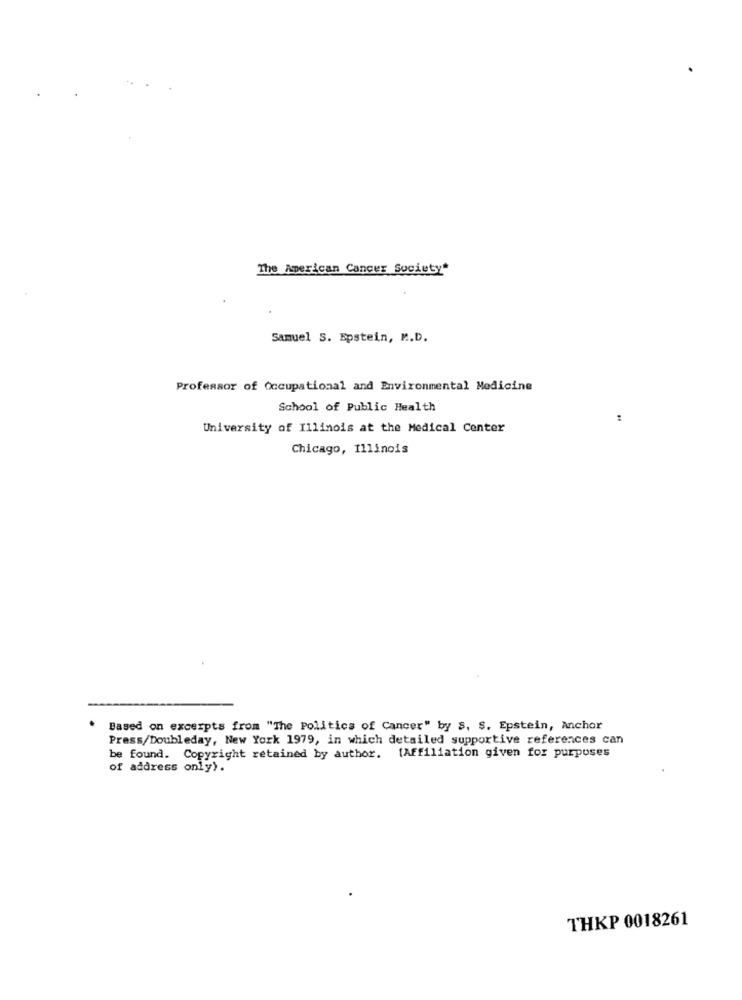
The American Cancer Society"
Samuel S. Epstein, M.D.
Professor of Occupational and Environmental Medicine
School of Public Health
University of Illinois at the Medical Center
Chicago, Illinois
Based on excerpts from "The Politics of Cancer" by S, S. Epstein, Anchor
Press/Doubleday, New York 1979, in which detailed supportive references can
be found. Copyright retained by author. [Affiliation given for purposes
of address only).
THKP 0018261